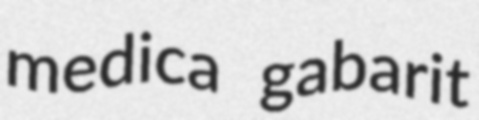
medica gabarit